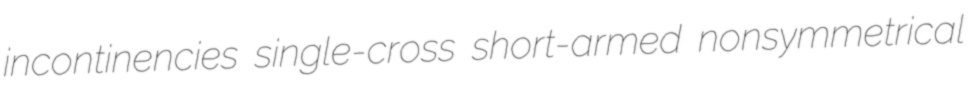
incontinencies single-cross short-armed nonsymmetrical